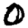
Digit: 0